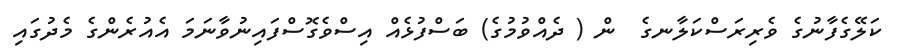
ކަލޭގެފާނުގެ ވެރިރަސްކަލާނގެ  ން ( ދެއްވުމުގެ) ބަސްފުޅެއް އިސްވެގޮސްފައިނުވާނަމަ އެއުރެންގެ މެދުގައި